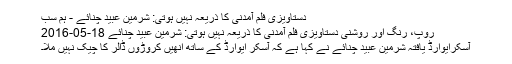
دستاویزی فلم آمدنی کا ذریعہ نہیں ہوتی: شرمین عبید چنائے - ہم سب
روپ، رنگ اور روشنی دستاویزی فلم آمدنی کا ذریعہ نہیں ہوتی: شرمین عبید چنائے 18-05-2016
آسکرایوارڈ یافتہ شرمین عبید چنائے نے کہا ہے کہ آسکر ایوارڈ کے ساتھ انھیں کروڑوں ڈالر کا چیک نہیں ملا۔